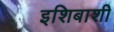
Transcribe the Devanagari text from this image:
इशिबाशी